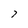
Character: 7